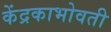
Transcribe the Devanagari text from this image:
केंद्रकाभोवती